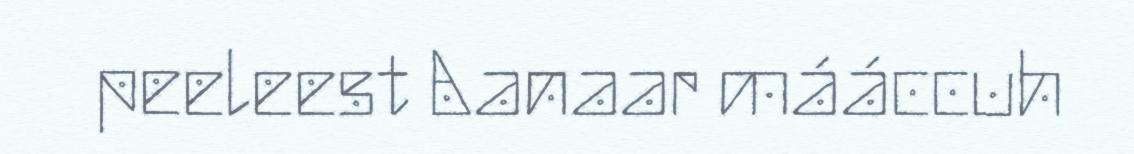
peeleest Aanaar mááccuh